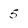
Character: 5